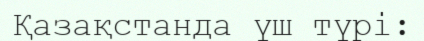
Қазақстанда үш түрі: